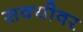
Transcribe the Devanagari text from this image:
सवयीवर